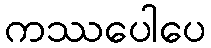
ကဿပေါပေ